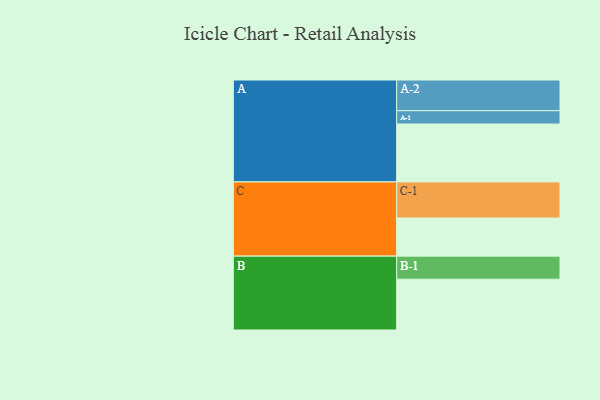
{"axis": {"x": "Segment", "y": "Value"}, "legend": ["", "A", "B", "C"], "data": [{"x": "A", "y": 477, "type": ""}, {"x": "B", "y": 419, "type": ""}, {"x": "C", "y": 314, "type": ""}, {"x": "A-1", "y": 110, "type": "A"}, {"x": "A-2", "y": 253, "type": "A"}, {"x": "B-1", "y": 190, "type": "B"}, {"x": "C-1", "y": 298, "type": "C"}]}